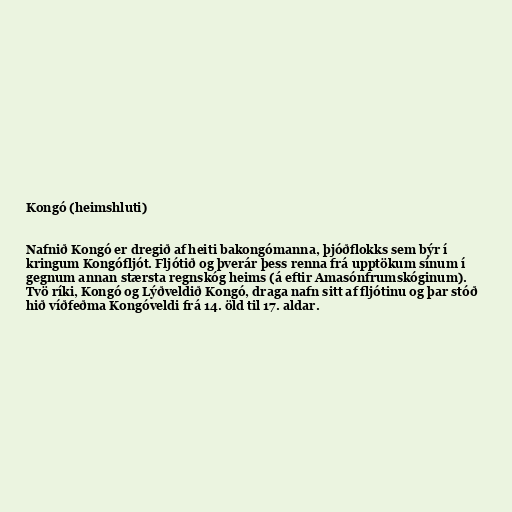
Kongó (heimshluti)

Nafnið Kongó er dregið af heiti bakongómanna, þjóðflokks sem býr í
kringum Kongófljót. Fljótið og þverár þess renna frá upptökum sínum í
gegnum annan stærsta regnskóg heims (á eftir Amasónfrumskóginum).
Tvö ríki, Kongó og Lýðveldið Kongó, draga nafn sitt af fljótinu og þar stóð
hið víðfeðma Kongóveldi frá 14. öld til 17. aldar.